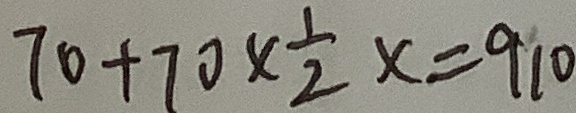
7 0 + 7 0 \times \frac { 1 } { 2 } x = 9 1 0